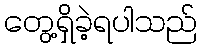
တွေ့ရှိခဲ့ရပါသည်